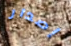
إصدار